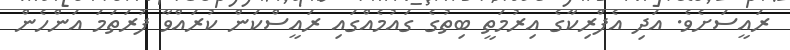
ރައީސަށެވެ. އަދި އެފްރިކާގެ އިރުމަތީ ބިތުގެ ގައުމެއްގައި ރައީސްކަން ކުރައްވާ ފުރަތަމަ އަންހެން